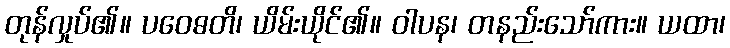
တုန်လှုပ်၏။ ပဝေဓတိ၊ ယိမ်းယိုင်၏။ ဝါပန၊ တနည်းသော်ကား။ ယထာ၊